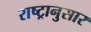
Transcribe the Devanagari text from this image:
राष्ट्रानुसार